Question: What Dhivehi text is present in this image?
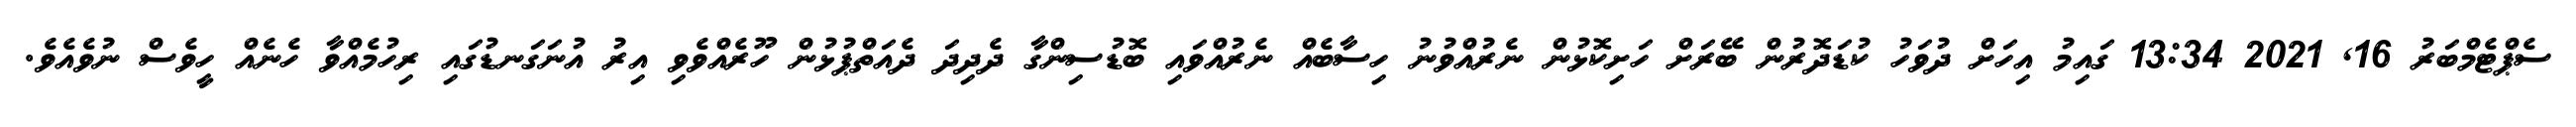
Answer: ސެޕްޓެމްބަރު 16, 2021 13:34 ގައިމު އިހަށް ދުވަހު ކުޑަދޮރުން ބޭރަށް ހަށިކޮޅުން ނެރުއްވުނު ހިސާބެއް ނެރުއްވައި ބޮޑުސިންގާ ދެދިދަ ދެއަތްޕުޅުން ހޫރެއްވެވި އިރު އުނަގަނޑުގައި ރިހުމެއްވާ ހެނެއް ހީވެސް ނުވެއެވެ.